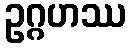
ဥဂ္ဂဟဿ